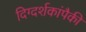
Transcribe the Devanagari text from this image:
दिग्दर्शकांपैकी